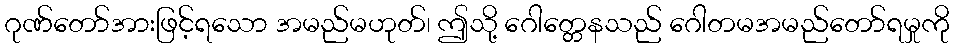
ဂုဏ်တော်အားဖြင့်ရသော အမည်မဟုတ်၊ ဤသို့ ဂေါတ္တေနသည် ဂေါတမအမည်တော်ရမှုကို